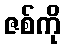
ဇစ်ကို